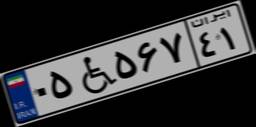
۲۱W۱۲۱۹۸